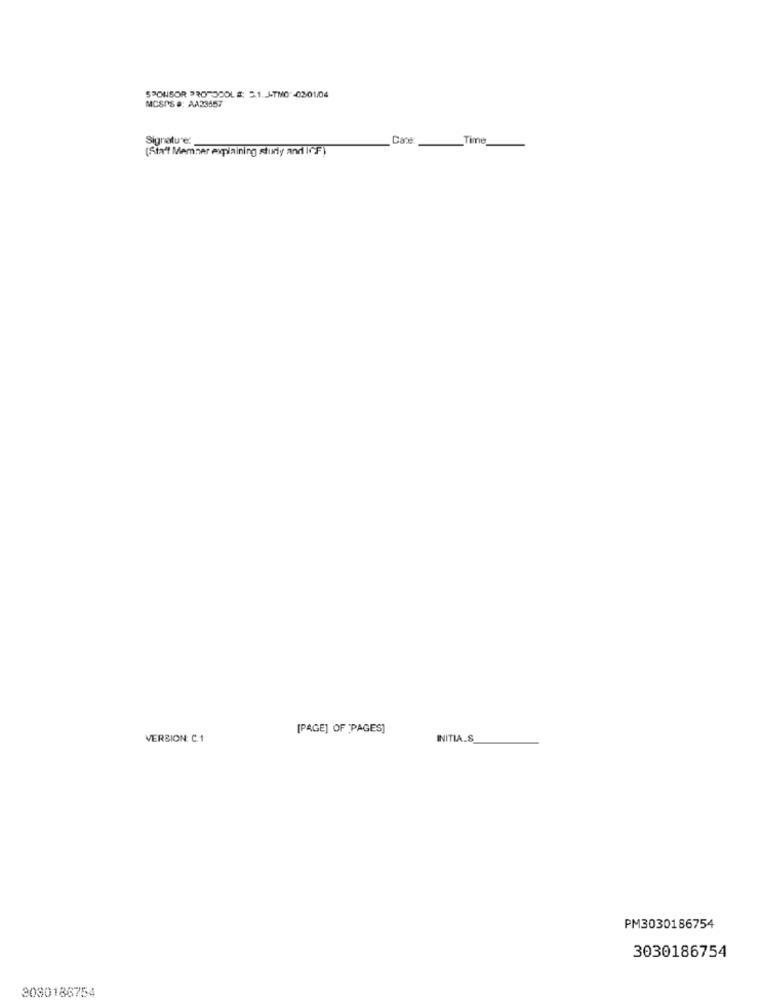
SPONSOR PROTOCOLS: 5.1.J-TMO -03/01/04
MCSPS #: AA23457
Signature:
Cane
Time
(Staff Member explaining sturdy and (CF)
[PAGE] OF 'PAGES]
VERSION: C.1
INITIALS
PM3030186754
3030186754
3030186754